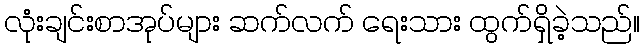
လုံးချင်းစာအုပ်များ ဆက်လက် ရေးသား ထွက်ရှိခဲ့သည်။